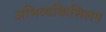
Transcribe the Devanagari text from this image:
अभिव्यक्तिशिलप